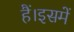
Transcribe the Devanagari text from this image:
हैं।इसमें